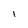
Character: 1